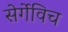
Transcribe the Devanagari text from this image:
सेर्गेविच